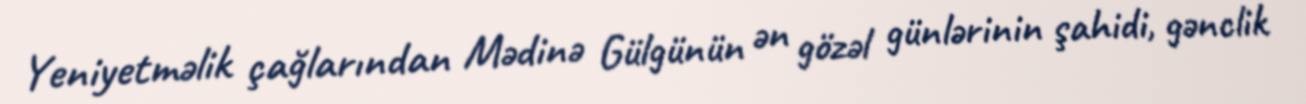
Yeniyetməlik çağlarından Mədinə Gülgünün ən gözəl günlərinin şahidi, gənclik